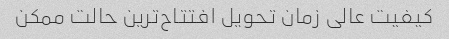
کیفیت عالی زمان تحویل افتتاح‌ترین حالت ممکن